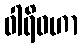
ဝါရိဝဟာ